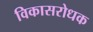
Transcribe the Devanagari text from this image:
विकासरोधक